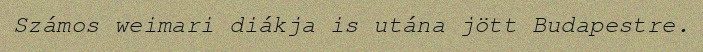
Számos weimari diákja is utána jött Budapestre.